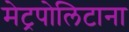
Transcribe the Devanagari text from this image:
मेट्रपोलिटाना